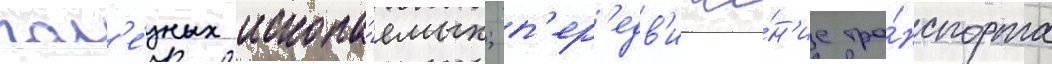
пол'е́зных ископа́емых; п'ер'едв'иже́н'ие тра́нспорта